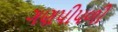
ગણપીપળી